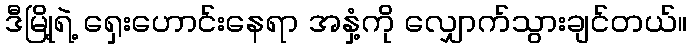
ဒီမြို့ရဲ့ ရှေးဟောင်းနေရာ အနှံ့ကို လျှောက်သွားချင်တယ်။